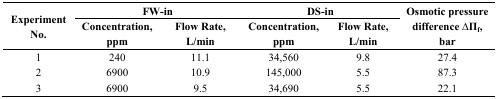
| <ROWSPAN=2> Experiment No. | <COLSPAN=2> FW-in | <COLSPAN=2> DS-in | <ROWSPAN=2> Osmotic pressure difference ∆Πf, bar |
 | Concentration, ppm | Flow Rate, L/min | Concentration, ppm | Flow Rate, L/min |
 | --- | --- | --- | --- | --- | --- |
 | 1 | 240 | 11.1 | 34,560 | 9.8 | 27.4 |
 | 2 | 6900 | 10.9 | 145,000 | 5.5 | 87.3 |
 | 3 | 6900 | 9.5 | 34,690 | 5.5 | 22.1 |